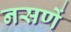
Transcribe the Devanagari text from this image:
नसणें